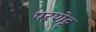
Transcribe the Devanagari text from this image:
परणेट्टु